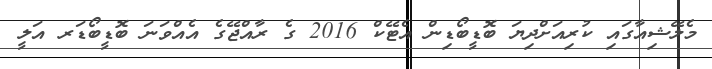
މެލޭޝިއާގައި ކުރިއަށްދިޔަ ބޮޑީބޯޑިން އެޓޭކް 2016 ގެ ރާއްޖޭގެ އެއްވަނަ ބޮޑީބޯޑަރ އަލީ